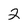
Character: 2